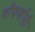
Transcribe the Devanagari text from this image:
चौवर्णासी